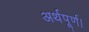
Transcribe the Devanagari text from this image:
अर्थपूर्ण।